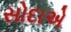
સોદાએ